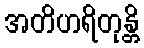
အတိဟရိတုန္တိ